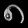
Digit: ၈